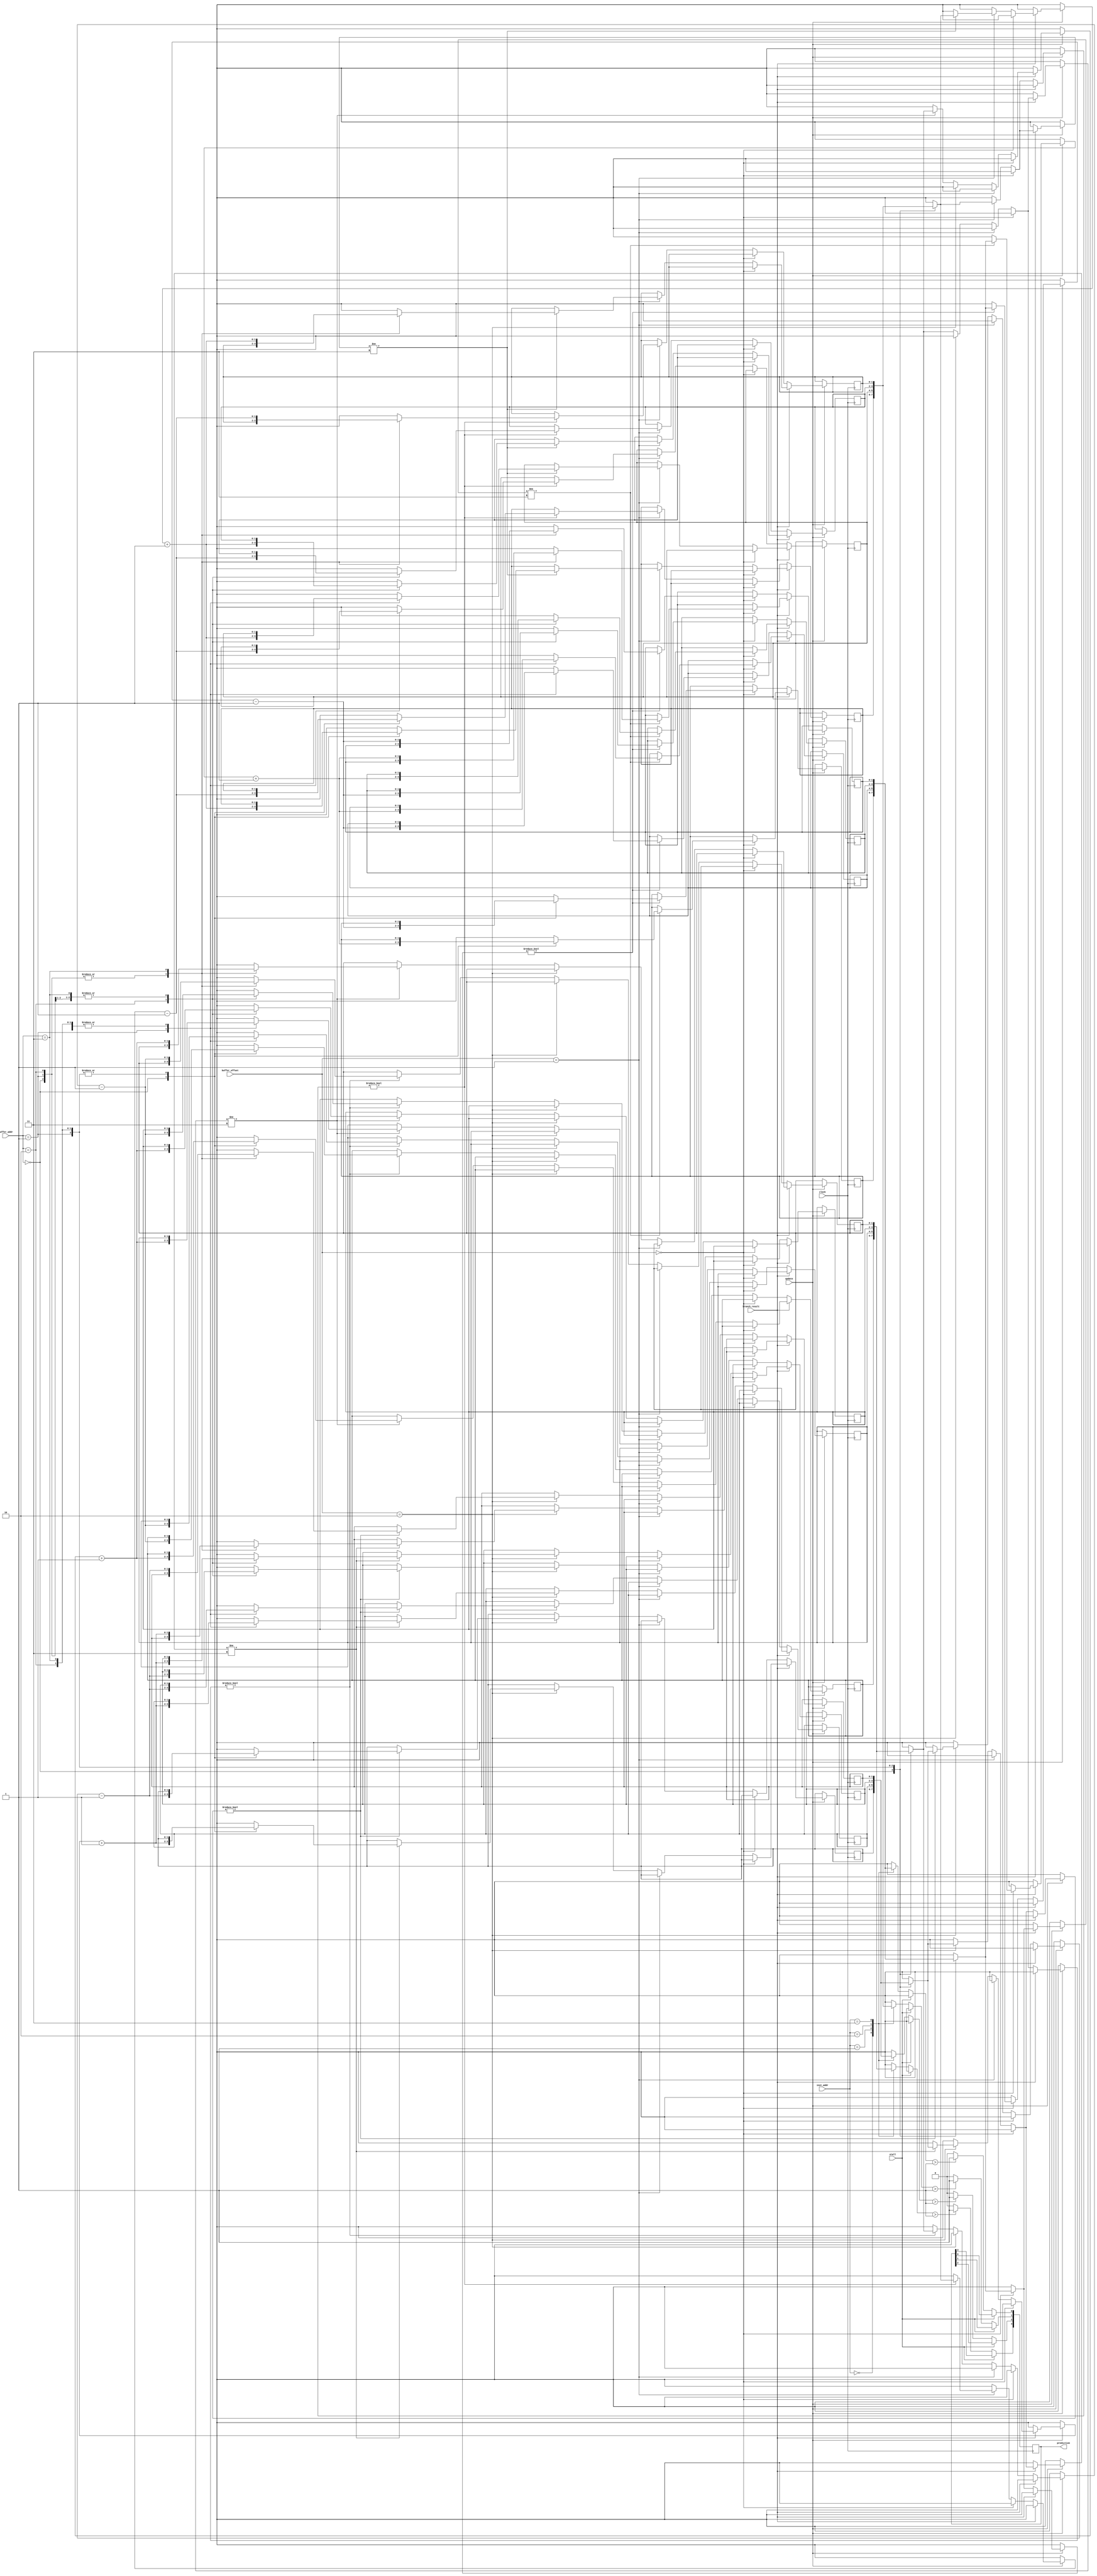
// Branch Prediction Buffer
//
//
// Modified by Fabio Somenzi to use single-phase clocking.

module branchPredictionBuffer(clock,stall,inst_addr,update,branch_result,
			      buffer_addr,buffer_offset,prediction);
    parameter	 PRED_BUFFER_SIZE = 4; // 128 lines with 4 entries/line.
    input [1:0]  inst_addr; // We need to decode up to 4 instructions.
    input 	 branch_result; // Result of a branch calculation.
    input [1:0]  buffer_addr;
    input [1:0]  buffer_offset;
    input 	 clock;
    input 	 stall;      // Stalls when instructions are not available.
    input 	 update;     // Tells the buffer that an update is ready.
    output [3:0] prediction; // Prediction bits sent out to decoder stage.

    reg [3:0] 	 prediction;
    reg [1:0] 	 state_bank0 [PRED_BUFFER_SIZE-1:0];
    reg [1:0] 	 state_bank1 [PRED_BUFFER_SIZE-1:0];
    reg [1:0] 	 state_bank2 [PRED_BUFFER_SIZE-1:0];
    reg [1:0] 	 state_bank3 [PRED_BUFFER_SIZE-1:0];

    integer 	 i;

    // The encoding is the following:
    //  0: strong not taken
    //  1: weak not taken
    //  2: weak taken
    //  3: strong taken
    // A branch result of "taken" causes the appropriate entry to be
    // incremented. A branch result of "not taken" causes it to be
    // decremented.

    // synopsys translate_off 
    // Always begin in a weak, not taken state
    initial begin
	for (i=0; i<PRED_BUFFER_SIZE; i=i+1) begin
	    state_bank0[i] = 2'b01;
	    state_bank1[i] = 2'b01;
	    state_bank2[i] = 2'b01;
	    state_bank3[i] = 2'b01;
	end // for (i=0; i<PRED_BUFFER_SIZE; i=i+1)
	prediction = 4'b0000;
    end // initial begin
    // synopsys translate_on

    always @(posedge clock) begin
	if (!stall) begin
	    if (state_bank3[inst_addr] > 1)
		prediction[3] = 1;
	    else
		prediction[3] = 0;
	    if (state_bank2[inst_addr] > 1)
		prediction[2] = 1;
	    else
		prediction[2] = 0;
	    if (state_bank1[inst_addr] > 1)
		prediction[1] = 1;
	    else
		prediction[1] = 0;
	    if (state_bank0[inst_addr] > 1)
		prediction[0] = 1;
	    else
		prediction[0] = 0;
	end // if (!stall)

	// We only need to update one location at a time.
	if (update) begin
	    if (branch_result) begin // The branch was taken.
		if (buffer_offset == 0) begin
		    if (state_bank0[buffer_addr] != 2'b11)
		      state_bank0[buffer_addr] = state_bank0[buffer_addr] + 1;
		end
		else if (buffer_offset == 1) begin
		    if (state_bank1[buffer_addr] != 2'b11)
		      state_bank1[buffer_addr] = state_bank1[buffer_addr] + 1;
		end
		else if (buffer_offset == 2) begin
		    if (state_bank2[buffer_addr] != 2'b11)
		      state_bank2[buffer_addr] = state_bank2[buffer_addr] + 1;
		end
		else begin
		    if (state_bank3[buffer_addr] != 2'b11)
		      state_bank3[buffer_addr] = state_bank3[buffer_addr] + 1;
		end
	    end // if (branch_result)
	    else begin
		if (buffer_offset == 0) begin
		    if (state_bank0[buffer_addr] != 2'b00)
		      state_bank0[buffer_addr] = state_bank0[buffer_addr] - 1;
		end
		else if (buffer_offset == 1) begin
		    if (state_bank1[buffer_addr] != 2'b00)
		      state_bank1[buffer_addr] = state_bank1[buffer_addr] - 1;
		end
		else if (buffer_offset == 2) begin
		    if (state_bank2[buffer_addr] != 2'b00)
		      state_bank2[buffer_addr] = state_bank2[buffer_addr] - 1;
		end
		else begin
		    if (state_bank3[buffer_addr] != 2'b00)
		      state_bank3[buffer_addr] = state_bank3[buffer_addr] - 1;
		end
	    end // else: !if(branch_result)
	end // if (update)
    end // always @ (posedge clock)

endmodule // branchPredictionBuffer